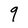
Character: 9